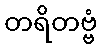
တရိတဗ္ဗံ